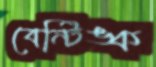
বেন্টিঙ্ক